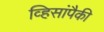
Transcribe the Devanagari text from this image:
व्हिसांपैकी